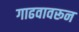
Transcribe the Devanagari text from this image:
गाढवावरून